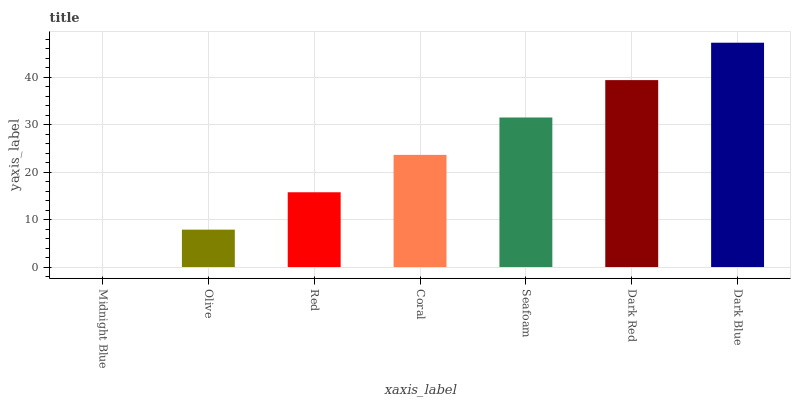
| xaxis_label | bars |
 | --- | --- |
 | Midnight Blue | 0 |
 | Olive | 7.87 |
 | Red | 15.7 |
 | Coral | 23.6 |
 | Seafoam | 31.5 |
 | Dark Red | 39.3 |
 | Dark Blue | 47.2 |